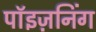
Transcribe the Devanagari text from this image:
पॉइज़निंग